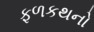
ફળકથનો